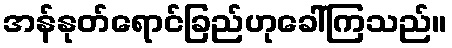
အန်နုတ်ရောင်ခြည်ဟုခေါ်ကြသည်။